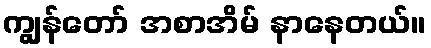
ကျွန်တော် အစာအိမ် နာနေတယ်။